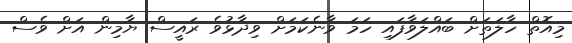
މިއޮތް ހާލަތަށް ބައްލަވާފައި ހަމަ ވާނެކަމަށް ވިދާޅުވެ ރައީސް ޔާމިން އަށް ވެސް